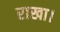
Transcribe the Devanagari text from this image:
राखा।